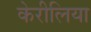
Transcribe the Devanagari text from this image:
केरीलिया